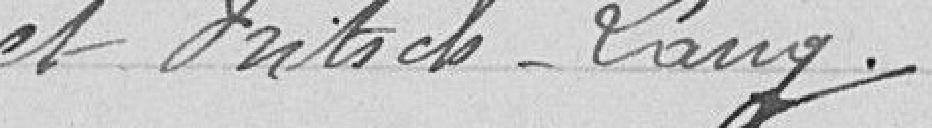
et Fritsch-Lang